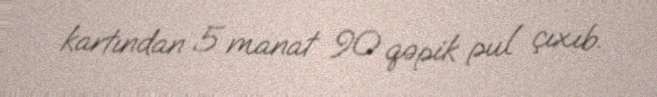
kartından 5 manat 90 qəpik pul çıxıb.